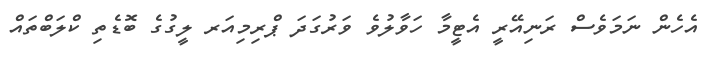
އެހެން ނަމަވެސް ރަނިއޭރީ އެޓީމާ ހަވާލުވެ ވަރުގަދަ ޕްރިމިއަރ ލީގުގެ ބޮޑެތި ކްލަބްތައް